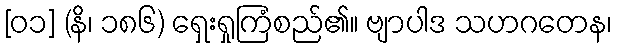
[၀၁] (နိ၊ ၁၈၆) ရှေးရှုကြံစည်၏။ ဗျာပါဒ သဟဂတေန၊